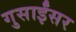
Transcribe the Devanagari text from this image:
गुसाईंसर